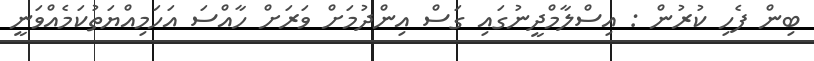
ބިން ފެހި ކުރުން : އިސްލާމްދީނުގައި ގަސް އިންދުމަށް ވަރަށް ހާއްސަ އަހަމިއްޔަތުކަމެއްވަނީ